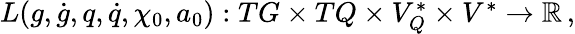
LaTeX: \begin{array}{r}{L(g,\dot{g},q,\dot{q},\chi_{0},a_{0}):TG\times TQ\times V_{Q}^{*}\times V^{*}\rightarrow\mathbb{R}\, ,}\end{array}